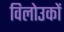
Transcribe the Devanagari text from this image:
विलोउकों